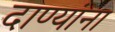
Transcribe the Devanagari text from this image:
दाण्यांना